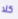
كلا